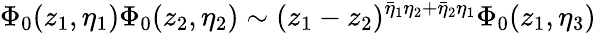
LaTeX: {\Phi}_{0}(z_{1},\eta_{1})\Phi_{0}(z_{2},\eta_{2})\sim(z_{1}-z_{2})^{\bar{\eta}_{1}\eta_{2}+\bar{\eta}_{2}\eta_{1}}\Phi_{0}(z_{1},\eta_{3})